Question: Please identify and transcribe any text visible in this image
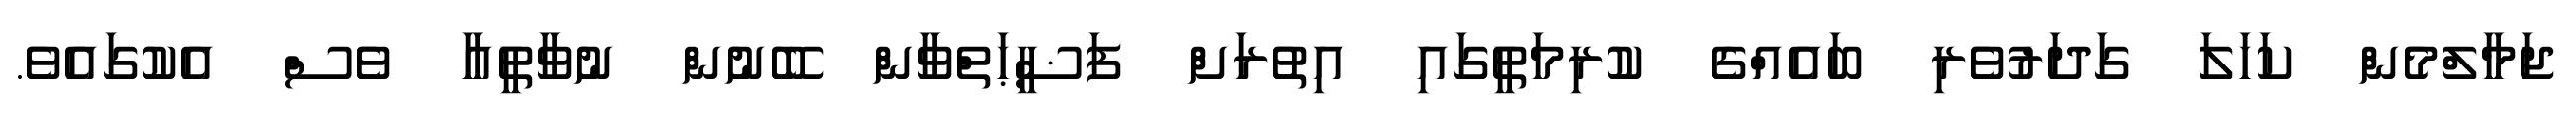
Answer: ޖަމާލްމެން ކަހަލަ ގަދަރުވެރި ބައެއްގެ ކުރިމަތީގައި އިތުރަށް ފަޟީޙަތްވާން ބޭނުން ނުވާތީއާ ވެސް އެކުގައެވެ.